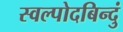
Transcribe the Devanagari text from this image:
स्वल्पोदबिन्दुं